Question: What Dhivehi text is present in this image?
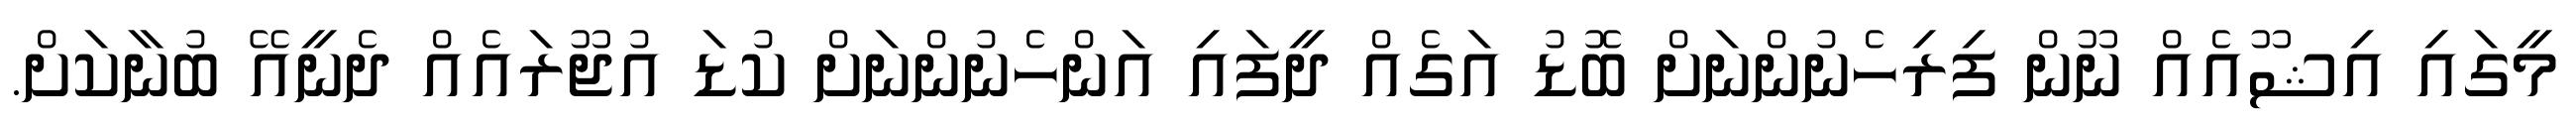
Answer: މީގައި އިޝޫއެއް ނޫން ފިރިހެނުންނަށް ބޮޑު އަގެއް ދީފައި އަންހެނުންނަށް ކުޑަ އުޖޫރައެއް ދެނީއޭ ބުނާކަށް.